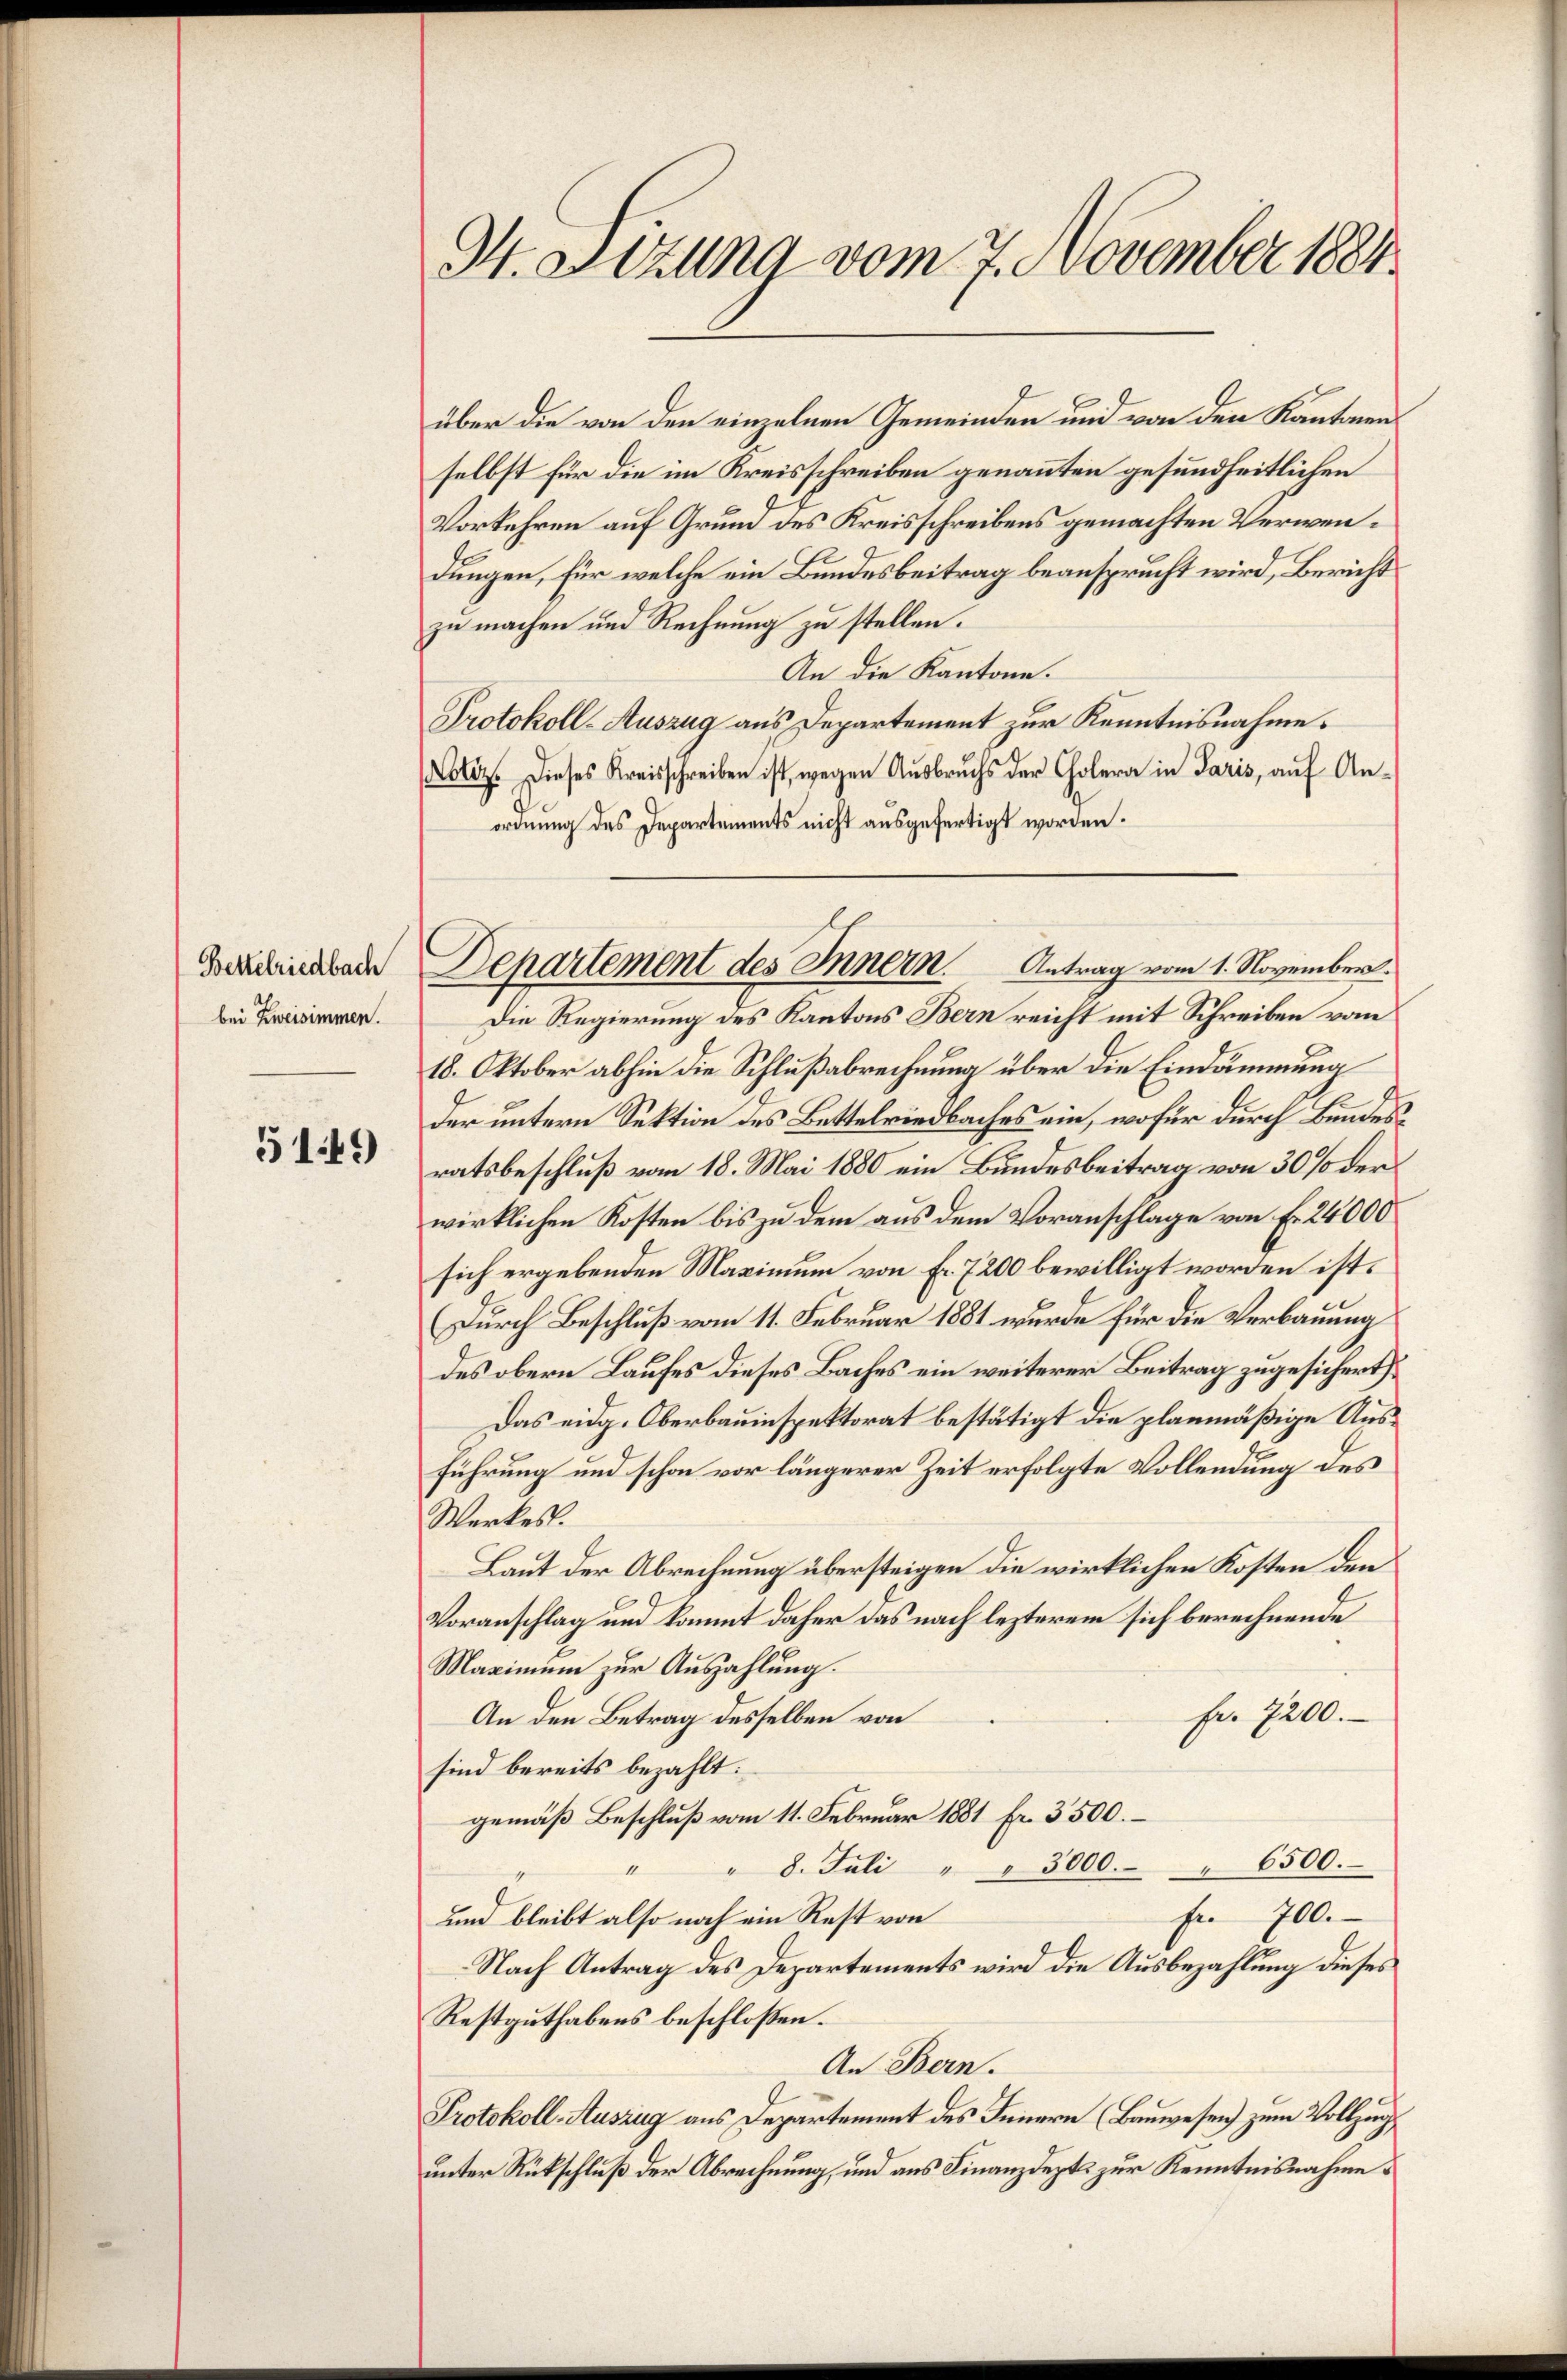
Bettelriedbach
bei Zweisimmen.

5149

H. Sizung vom 7. November 1884

über die von den einzelnen Gemeinden und von den Kantonenselbst für die im Kreisschreiben genannten gesundheitlichen
Vorkehren auf Grund des Kreisschreibens gemachten Verwendungen, für welche ein Bundesbeitrag beansprucht wird, Bericht
zu machen und Rechnung zu stellen.
An die Kantone.
Protokoll-Auszug aus Departement zur Kenntnisnahme.
Lotiz. Dieses Kreisschreiben ist, wegen Aŭsbrŭchs der Cholera in Paris, auf An-
ordnung des Departements nicht ausgefertigt worden.
Die Regierung des Kantons Bern reicht mit Schreiben vom
18. Oktober abhin die Schlußabrechnung über die Eindämmung
der untern Sektion des Bettelriedbaches ein, wofür durch Bundesratsbeschluß vom 18. Mai 1880 ein Bundesbeitrag von 30% der
wirklichen Kosten bis zu dem aus dem Voranschlage von Fr. 24000
sich ergebenden Maximum von Fr. 7200 bewilligt worden ist.
(Durch Beschluß vom 11. Februar 1881 wurde für die Verbauung
des obern Laufes dieses Baches ein weiterer Beitrag zugesichert
Das eidg. Oberbauinspektorat bestätigt die planmäßige Ausführung und schon vor längerer Zeit erfolgte Vollendung des
Werkes.
Laut der Abrechnung übersteigen die wirklichen Kosten den
Voranschlag und kommt daher das nach lezterem sich berechnende
Maximum zur Auszahlung.
Fr. 7200.
An den Betrag desselben von
sind bereits bezahlt:
gemäß Beschluß vom 11. Februar 1881 Fr. 3500.
" 8. Juli " " 3000. " 6500.
Fr. 700.
und bleibt also noch ein Rest von
Nach Antrag des Departements wird die Ausbezahlung dieses
Restguthabens beschlossen:
An Bern.
Protokoll-Auszug aus Departement des Innern (Bauwesen) zum Vollzug
unter Rückschluß der Abrechnung, und aus Finanzdepts zur Kenntnisnahme

Departement des Innern. Antrag vom 1. November.